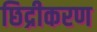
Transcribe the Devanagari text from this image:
छिद्रीकरण